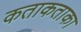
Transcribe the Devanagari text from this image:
कताकताका